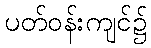
ပတ်ဝန်းကျင်၌